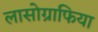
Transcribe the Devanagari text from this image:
लासोग्राफिया